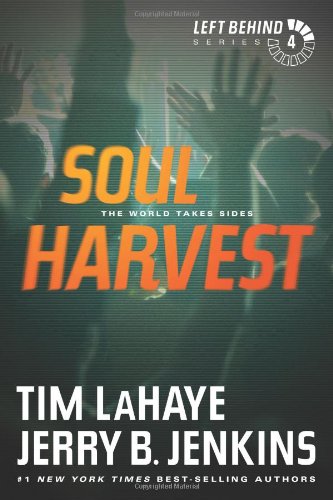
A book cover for Soul Harvest: The World Takes Sides (Left Behind #4); Tim LaHaye; Christian Books & Bibles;